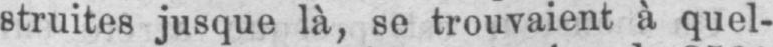
struites jusque là, se trouvaient à quel-